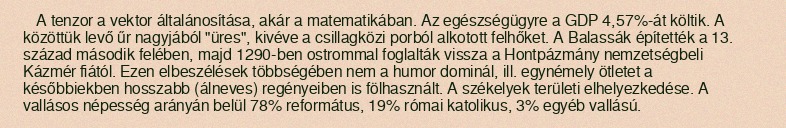
A tenzor a vektor általánosítása, akár a matematikában. Az egészségügyre a GDP 4,57%-át költik. A közöttük levő űr nagyjából "üres", kivéve a csillagközi porból alkotott felhőket. A Balassák építették a 13. század második felében, majd 1290-ben ostrommal foglalták vissza a Hontpázmány nemzetségbeli Kázmér fiától. Ezen elbeszélések többségében nem a humor dominál, ill. egynémely ötletet a későbbiekben hosszabb (álneves) regényeiben is fölhasznált. A székelyek területi elhelyezkedése. A vallásos népesség arányán belül 78% református, 19% római katolikus, 3% egyéb vallású.